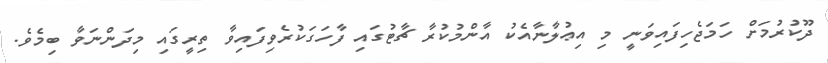
ދޫކުރުމަށް ހަމަޖެހިފައިވަނީ މި އިޢުލާނާއެކު އާންމުކުރާ ޗާޓުގައި ފާހަގަކުރެވިފައިވާ ތިރީގައި މިދަންނަވާ ބިމެވެ.